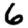
Digit: 6